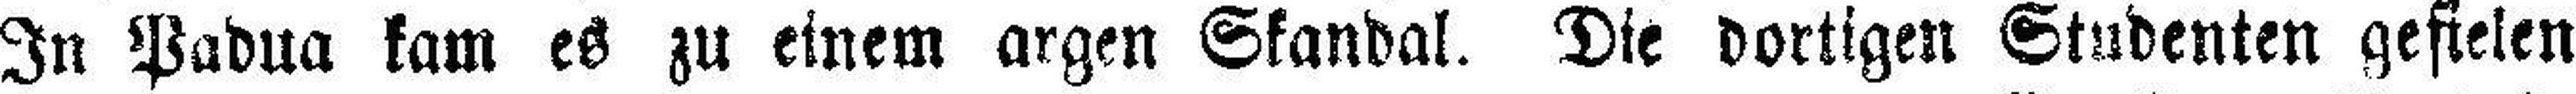
In Padua kam es zu einem argen Skandal. Die dortigen Studenten gefielen